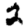
Digit: 2